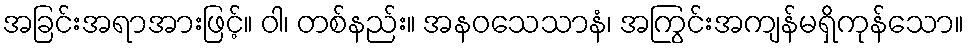
အခြင်းအရာအားဖြင့်။ ဝါ၊ တစ်နည်း။ အနဝသေသာနံ၊ အကြွင်းအကျန်မရှိကုန်သော။